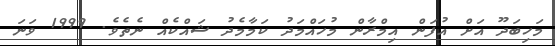
މަހިބަދޫ އަށް އުފަން އިމްރާން މުހައްމަދު ކަމާމެދު ޝައްކެއް ނެތެވެ. 1999 ވަނަ